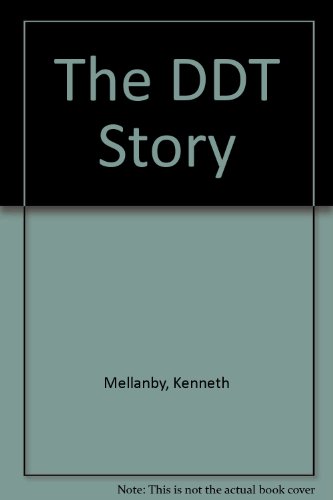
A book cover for The DDT Story; Kenneth Mellanby; Science & Math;